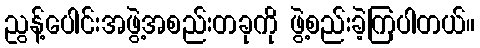
ညွန့်ပေါင်းအဖွဲ့အစည်းတခုကို ဖွဲ့စည်းခဲ့ကြပါတယ်။